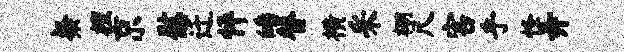
粲檀京慰迁怦皤替横采棚尺害乎怪弄